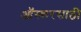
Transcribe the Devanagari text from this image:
ऑस्करसाठी